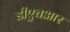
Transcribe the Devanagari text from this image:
डीएचआर